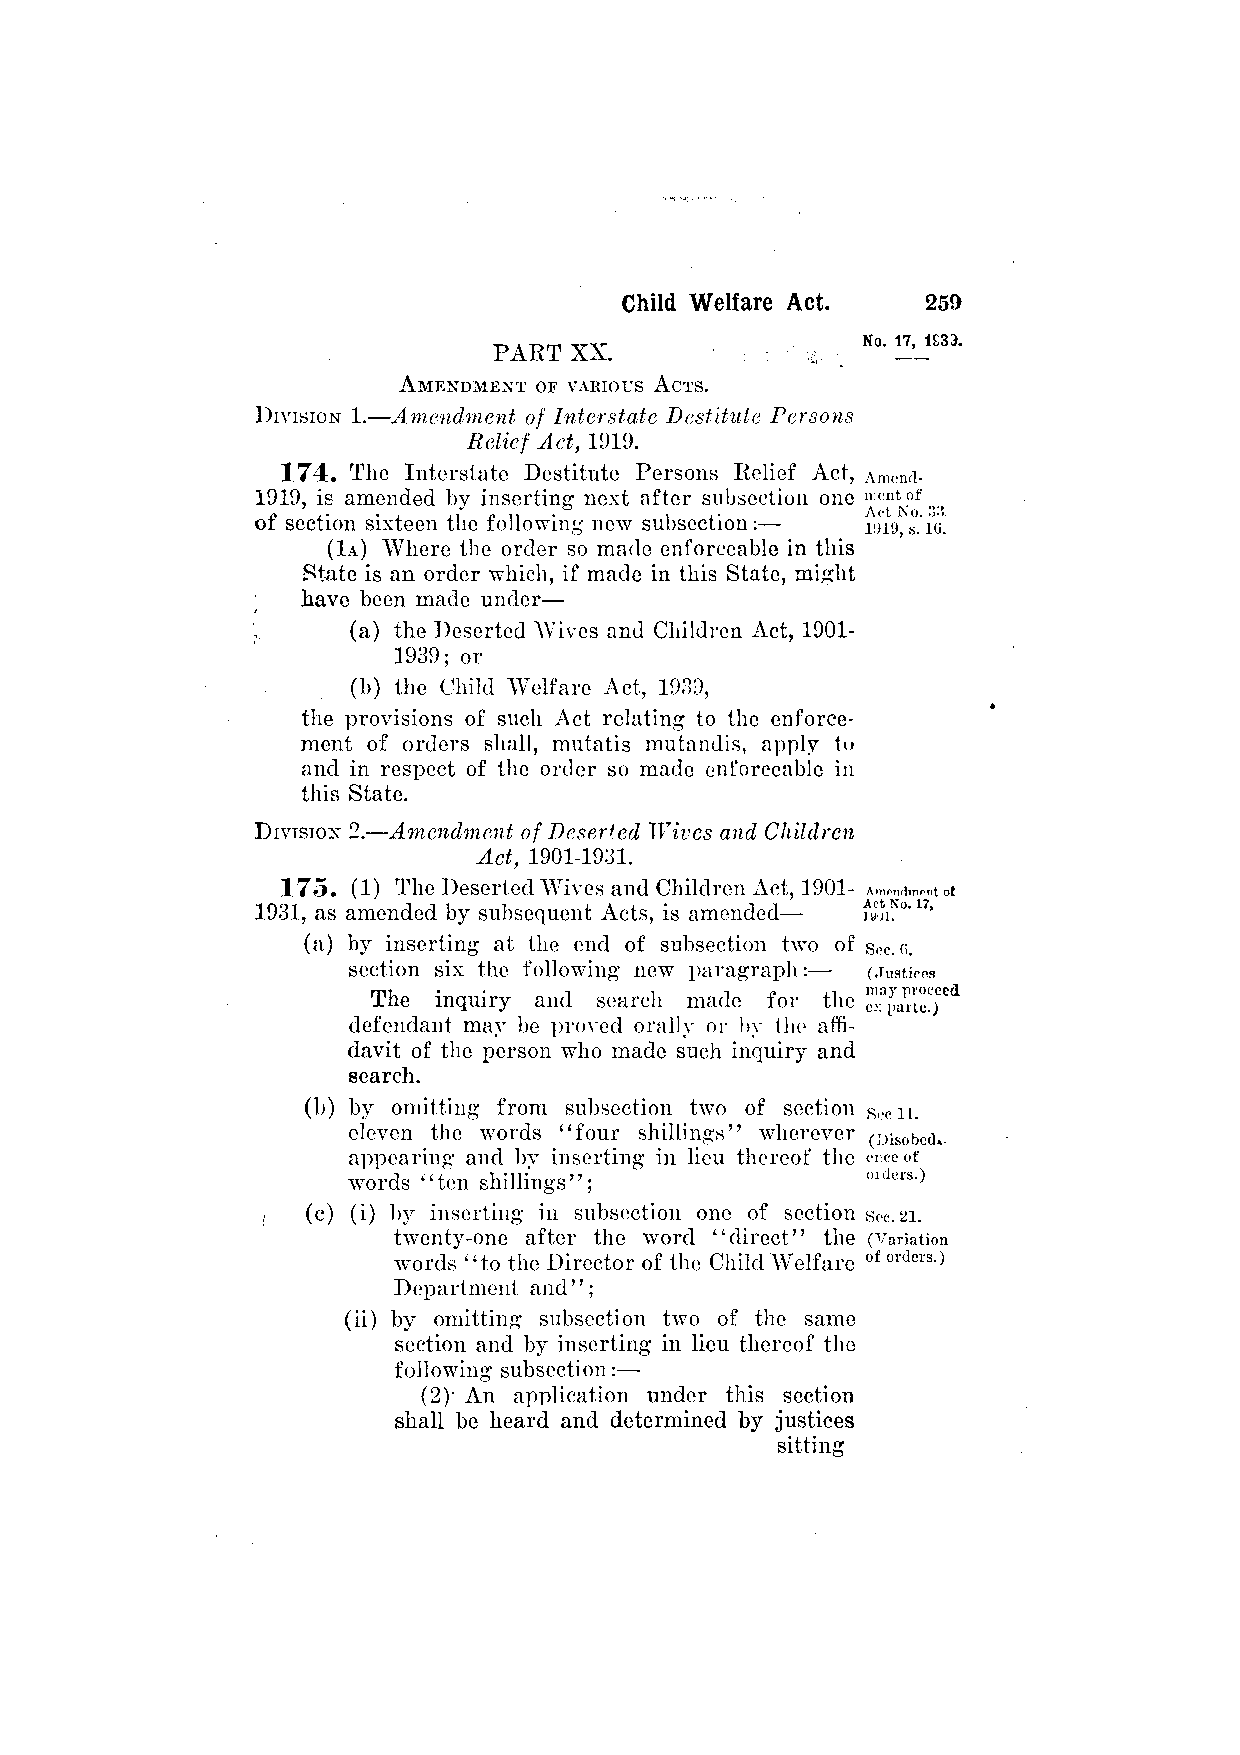
PART XX.
 AMENDMENT OF VARIOUS ACTS.
 DIVISION 1.—Amendment of Interstate Destitute Persons
 Relief Act, 1919.
 174. The Interstate Destitute Persons Relief Act,
 1919, is amended by inserting next after subsection one
 of section sixteen the following new subsection:—
 (1A) Where the order so made enforceable in this
 State is an order which, if made in this State, might
 have been made under—
 (a) the Deserted Wives and Children Act, 1901-
 1939; or
 (b) the Child Welfare Act, 1939,
 the provisions of such Act relating to the enforce­
 ment of orders shall, mutatis mutandis, apply to
 and in respect of the order so made enforceable in
 this State.
 DIVISION 2.—Amendment of Deserted Wives and Children
 Act, 1901-1931.
 175. (1) The Deserted Wives and Children Act, 1901-
 1931, as amended by subsequent Acts, is amended—
 (a) by inserting at the end of subsection two of
 section six the following new paragraph:—
 The inquiry and search made for the
 defendant may be proved orally or by the affi­
 davit of the person who made such inquiry and
 search.
 (b) by omitting from subsection two of section
 eleven the words "four shillings" wherever
 appearing and by inserting in lieu thereof the
 words "ten shillings";
 (c) (i) by inserting in subsection one of section
 twenty-one after the word "direct" the
 words "to the Director of the Child Welfare
 Department and";
 (ii) by omitting subsection two of the same
 section and by inserting in lieu thereof the
 following subsection:—
 (2)- An application under this section
 shall be heard and determined by justices
 sitting